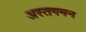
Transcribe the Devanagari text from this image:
अस्तगमन